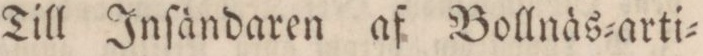
Till Inſändaren af Bollnäs=arti=